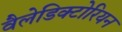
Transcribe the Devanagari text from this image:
वैलेडिक्टोरियन